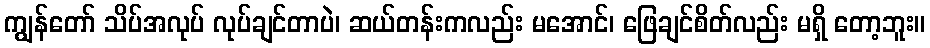
ကျွန်တော် သိပ်အလုပ် လုပ်ချင်တာပဲ၊ ဆယ်တန်းကလည်း မအောင်၊ ဖြေချင်စိတ်လည်း မရှိ တော့ဘူး။